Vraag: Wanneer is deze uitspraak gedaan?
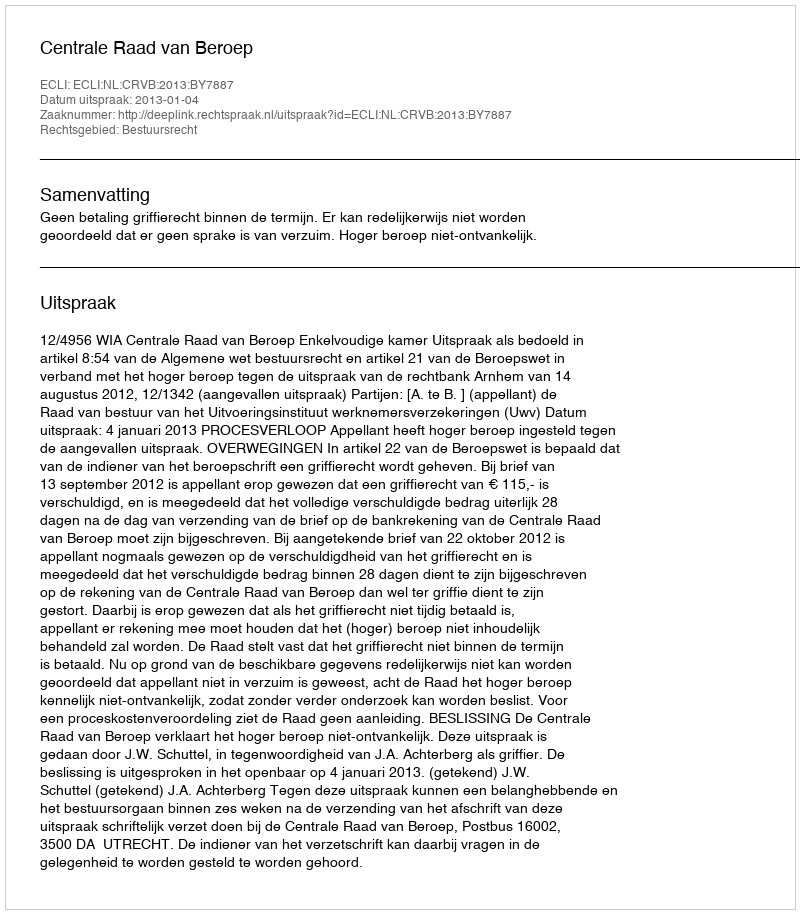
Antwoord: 2013-01-04